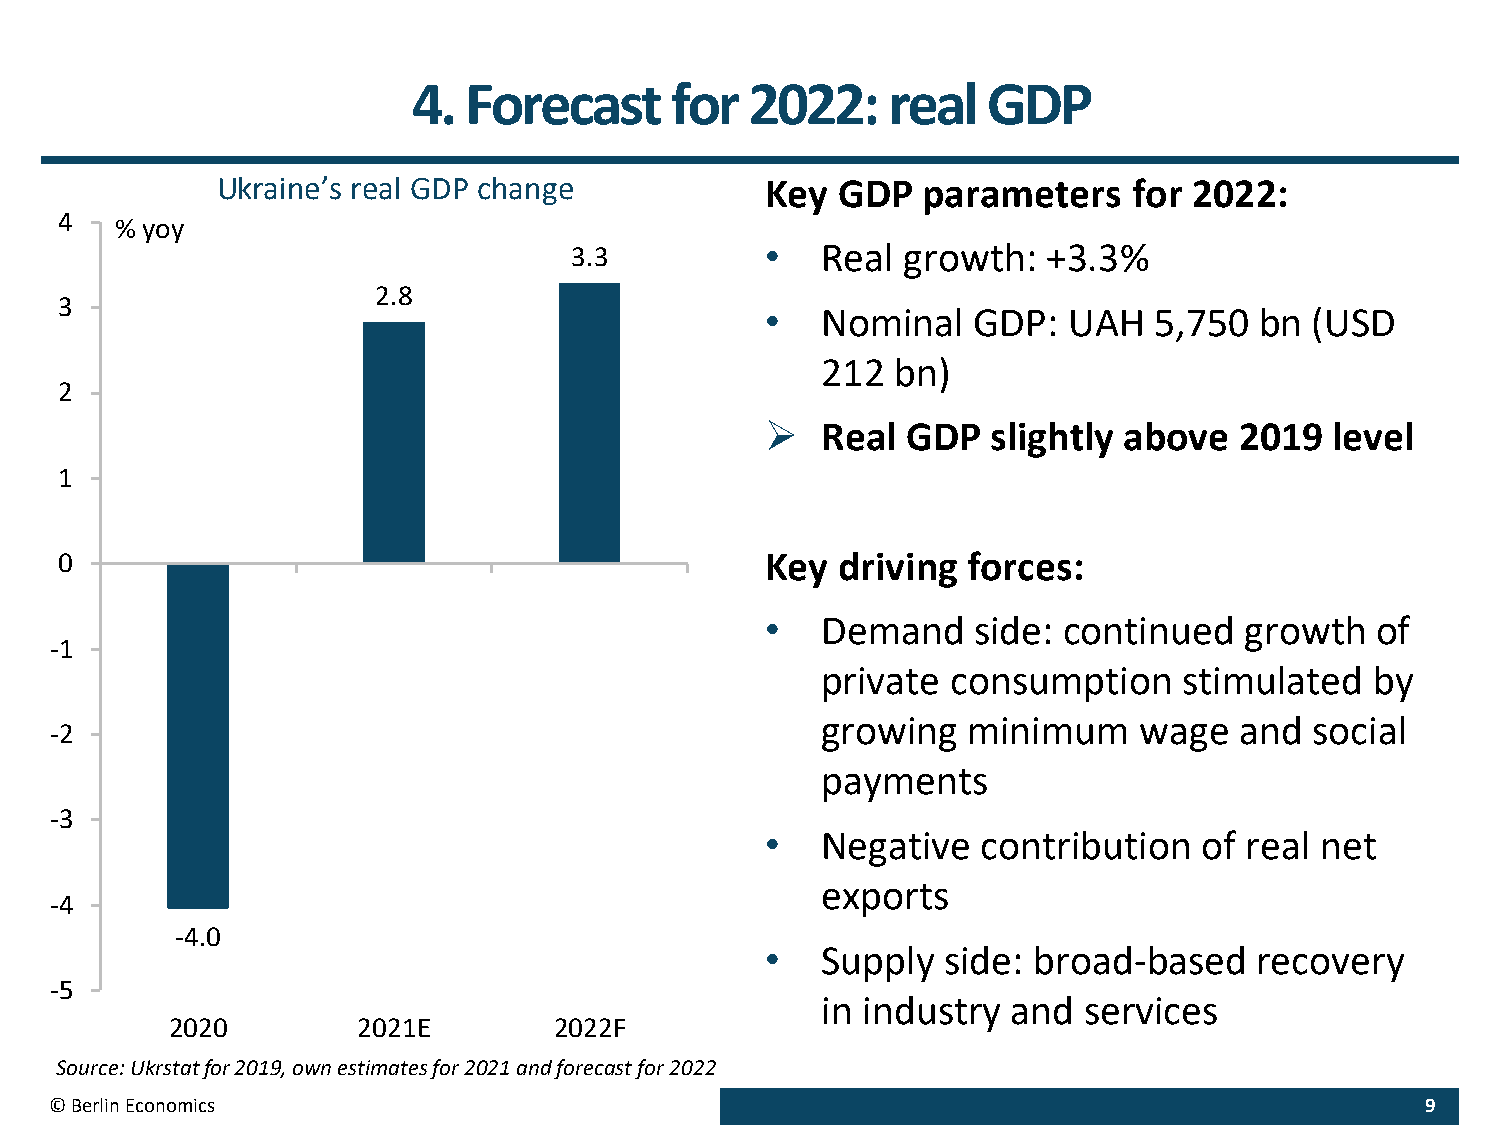
4.  Forecast     for   2022:    real  GDP
 Ukraine’s real GDP change            Key GDP   parameters    for 2022:
 4
 % yoy
 3.3          •  Real  growth:  +3.3%
 2.8
 3
 •  Nominal   GDP:   UAH  5,750  bn  (USD
 212  bn)
 2
 ➢  Real  GDP   slightly above  2019  level
 1
 0                                              Key driving  forces:
 •  Demand    side: continued   growth   of
 -1
 private  consumption    stimulated   by
 growing   minimum    wage   and  social
 -2
 payments
 -3
 •  Negative   contribution   of real net
 exports
 -4
 -4.0
 •  Supply  side: broad-based    recovery
 -5
 in industry  and  services
 2020         2021E        2022F
 Source: Ukrstatfor 2019, own estimates for 2021 and forecast for 2022
 © Berlin Economics                                                                         9